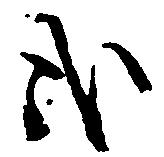
哉